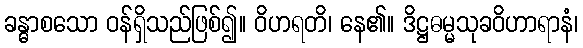
ခန္ဓာစသော ဝန်ရှိသည်ဖြစ်၍။ ဝိဟရတိ၊ နေ၏။ ဒိဋ္ဌဓမ္မသုခဝိဟာရာနံ၊